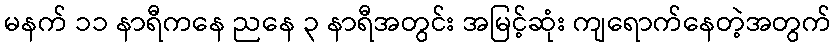
မနက် ၁၁ နာရီကနေ ညနေ ၃ နာရီအတွင်း အမြင့်ဆုံး ကျရောက်နေတဲ့အတွက်